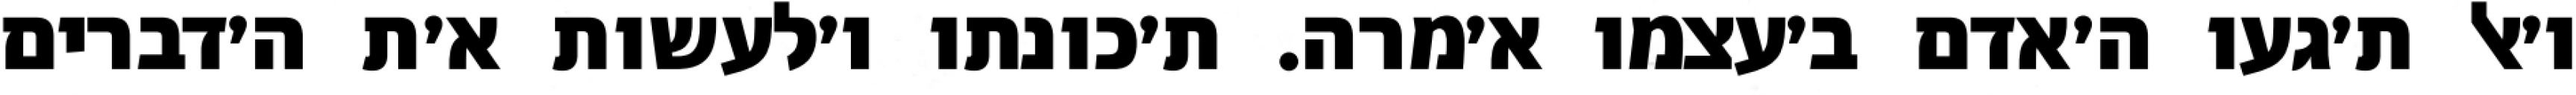
ו׳אל ת׳געו ה׳אדם ב׳עצמו א׳מרה. ת׳כונתו ו׳לעשות א׳ת ה׳דברים